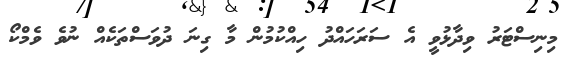
މިނިސްޓަރު ވިދާޅުވީ އެ ސަރަހައްދު ހިއްކުމުން މާ ގިނަ ދުވަސްތަކެއް ނުވެ ވެމްކޯ